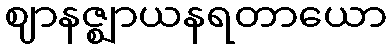
ဈာနဇ္ဈာယနရတာယော